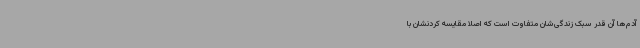
آدم‌ها آن قدر سبک زندگی‌شان متفاوت است که اصلاً مقایسه کردنشان با